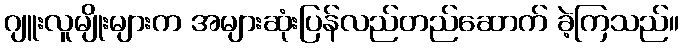
ဂျူးလူမျိုးများက အများဆုံးပြန်လည်တည်ဆောက် ခဲ့ကြသည်။